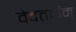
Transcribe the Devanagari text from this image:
वेदतर्कम्